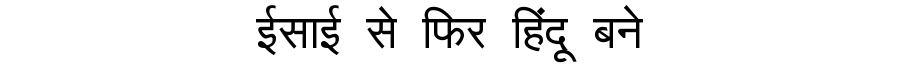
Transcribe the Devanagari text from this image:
ईसाई से फिर हिंदू बने